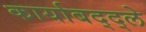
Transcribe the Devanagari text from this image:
कार्याबद्द्ले